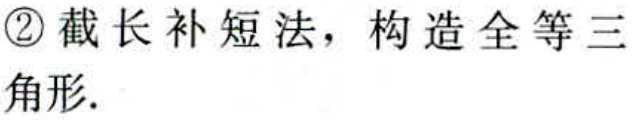
\textcircled{2}截长补短法，构造全等三角形.